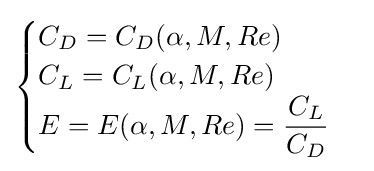
{\begin{cases}C_{D}=C_{D}(\alpha ,M,Re)\\C_{L}=C_{L}(\alpha ,M,Re)\\E=E(\alpha ,M,Re)={\dfrac {C_{L}}{C_{D}}}\\\end{cases}}